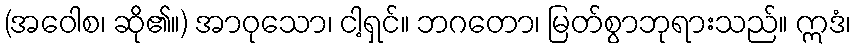
(အဝေါစ၊ ဆို၏။) အာဝုသော၊ ငါ့ရှင်။ ဘဂတော၊ မြတ်စွာဘုရားသည်။ ဣဒံ၊